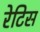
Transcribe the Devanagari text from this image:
रेटिस